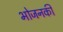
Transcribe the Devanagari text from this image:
भोजनकी